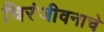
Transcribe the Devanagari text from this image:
चिरंजीवनाचे